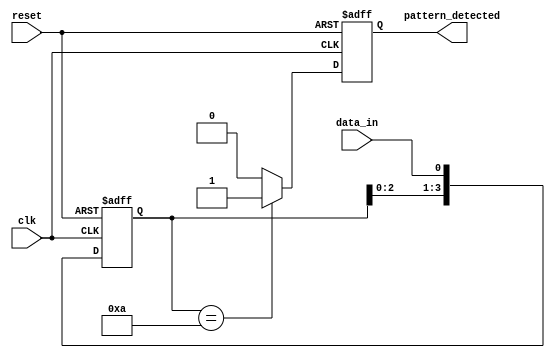
module PatternDetector (
    input wire clk,              // Clock signal
    input wire reset,            // Reset signal
    input wire data_in,          // Input data stream
    output reg pattern_detected   // Output signal indicating pattern detection
);

// Parameters
parameter PATTERN_LENGTH = 4;  // Length of the pattern to detect
parameter [PATTERN_LENGTH-1:0] PATTERN = 4'b1010;  // Example pattern to detect

// State registers
reg [PATTERN_LENGTH-1:0] state;

// Flip-Flops: Capture the input data on the clock edge
always @(posedge clk or posedge reset) begin
    if (reset) begin
        state <= 0;  // Reset the state
        pattern_detected <= 0;  // Reset the output
    end else begin
        state <= {state[PATTERN_LENGTH-2:0], data_in}; // Shift in new data
        // Check for pattern detection
        if (state == PATTERN) begin
            pattern_detected <= 1;  // Pattern detected
        end else begin
            pattern_detected <= 0;  // Clear the output if no match
        end
    end
end

endmodule